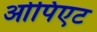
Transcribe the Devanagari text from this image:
ओपिएट